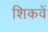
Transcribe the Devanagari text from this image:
शिकवें